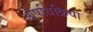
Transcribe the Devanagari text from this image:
ओषधिक्रिया